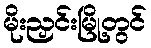
မိုးညှင်းမြို့တွင်